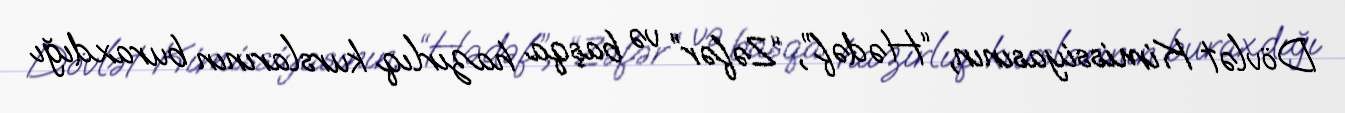
Dövlət Kimissiyasının, “Hədəf”, “Zəfər” və başqa hazırlıq kurslarının buraxdığı